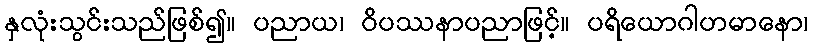
နှလုံးသွင်းသည်ဖြစ်၍။ ပညာယ၊ ဝိပဿနာပညာဖြင့်။ ပရိယောဂါဟမာနော၊